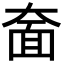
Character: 奤